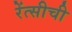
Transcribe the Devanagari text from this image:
रेंत्सीची